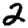
Digit: 2